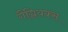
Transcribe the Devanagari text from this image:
गैग्नियक्स